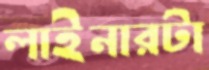
লাইনারটা